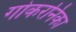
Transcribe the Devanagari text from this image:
गोकरनिका